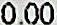
0.00